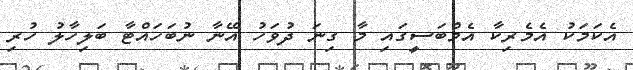
އެކަމަކު އެމެރިކާ އެމްބަސީގައި މާ ގިނަ ދުވަހު އޭނާ ނުބަހައްޓާ ބަލިހާލު ހުރި